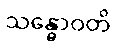
သန္ဓောဝတိ